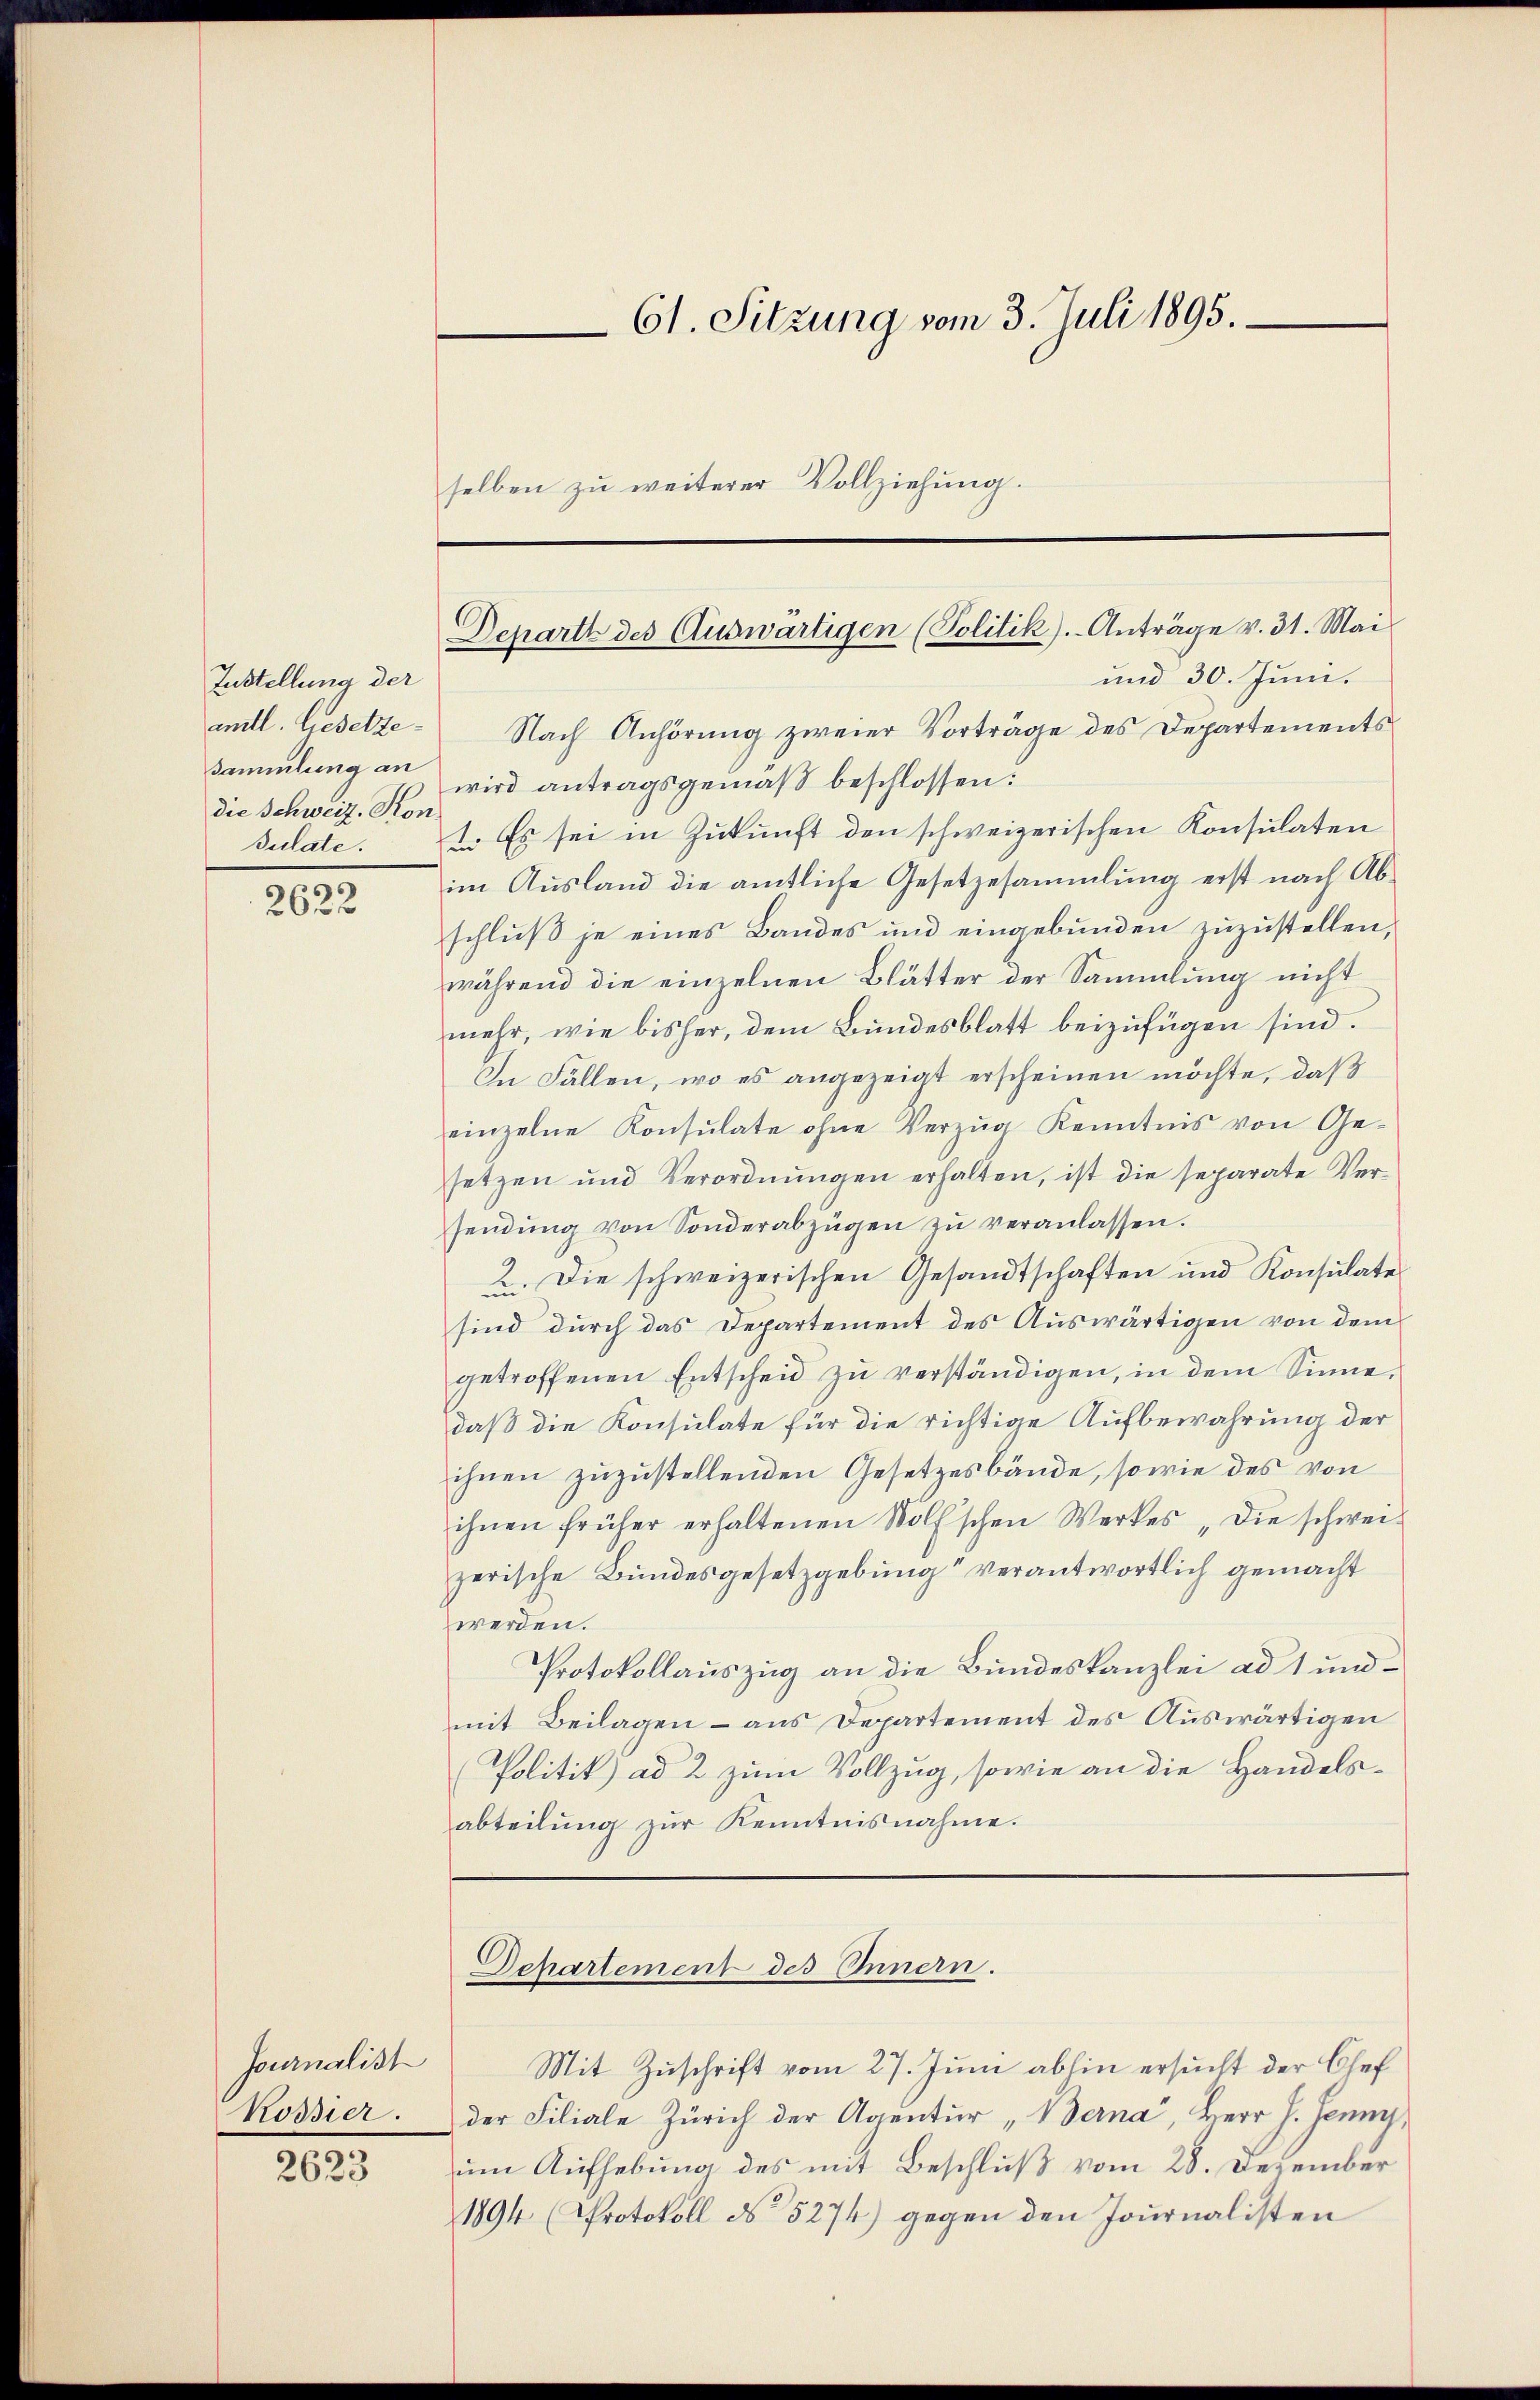
Zustellung der
amtl. Gesetze
Sammlung an
die Schweiz. Kon
sulate.

2622

Journalist
Rossier.
2623

61. Sitzung vom 3. Juli 1895.
selben zu weiterer Vollziehung.

Departh des Auswärtigen (Politik).- Anträge v. 31. Mai

und 30. Juni.
Nach Anhörung zweier Vorträge des Departements
wird antragsgemäß beschlossen:
1. Es sei in Zukunft den schweizerischen Konsulaten
im Ausland die amtliche Gesetzesammlung erst nach Abschluß je eines Bandes und eingebunden zuzustellen,
während die einzelnen Blätter der Sammlung nicht
mehr, wie bisher, dem Bundesblatt beizufügen sind.
In Fällen, wo es angezeigt erscheinen möchte, daß
einzelne Konsulate ohne Verzug Kenntnis von Ge-
setzen und Verordnŭngen erhalten, ist die separate Ver-
sendŭng von Sonderabzügen zŭ veranlassen.
2. Die schweizerischen Gesandtschaften und Konsulate
sind durch das Departement des Auswärtigen von dem
getroffenen Entscheid zu verständigen, in dem Sinne,
daß die Konsulate für die richtige Aufbewahrung der
ihnen zuzustellenden Gesetzesbände, sowie des von
ihnen früher erhaltenen Rolf'schen Werkes „Die schweizerische Bundesgesetzgebung“ verantwortlich gemacht
werden.
Protokollauszug an die Bundeskanzlei ad 1 und
mit Beilagen - aus Departement des Auswärtigen
(Politik) ad 2 zum Vollzug, sowie an die Handels-
abteilŭng zŭr Kenntnisnahme.
Departement des Innern.
Mit Zuschrift vom 27. Juni abhin ersucht der Chef
der Filiale Zürich der Agentur „Berna, Herr J. Jenny,
um Aufhebung des mit Beschluß vom 28. Dezember
1894 (Protokoll No 5274) gegen den Journalisten